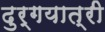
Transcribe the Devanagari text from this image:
दुर्गयात्री